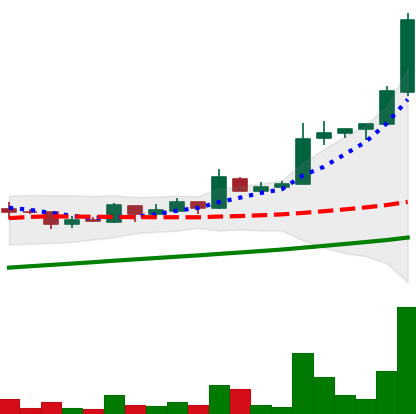
Ticker: LTC-USD
Chart end date: 2017-09-01
Forward return: -6.887%
Label: down_5_7